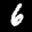
Label: 6